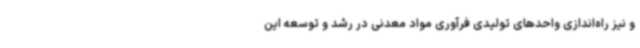
و نیز راه‌اندازی واحدهای تولیدی فرآوری مواد معدنی در رشد و توسعه این